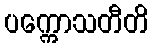
ပက္ကောသတီတိ